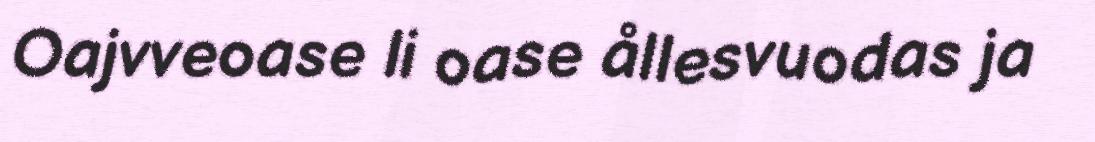
Oajvveoase li oase ållesvuodas ja